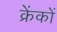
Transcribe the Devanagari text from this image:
क्रेंकों